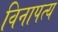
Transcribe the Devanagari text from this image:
विनापत्य